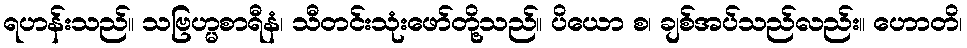
ရဟန်းသည်။ သဗြဟ္မစာရီနံ၊ သီတင်းသုံးဖော်တို့သည်။ ပိယော စ၊ ချစ်အပ်သည်လည်း။ ဟောတိ၊